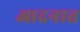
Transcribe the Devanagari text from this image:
आदनात